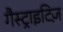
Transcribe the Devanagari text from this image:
गैस्ट्राइटिज़